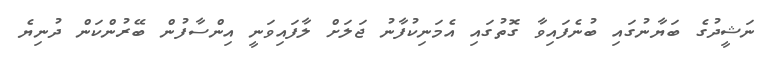
ނަޝީދުގެ ބަޔާނުގައި ބުނެފައިވާ ގޮތުގައި އެމަނިކުފާނު ޖަލަށް ލާފައިވަނީ އިންސާފުން ބޭރުންކަން ދުނިޔެ